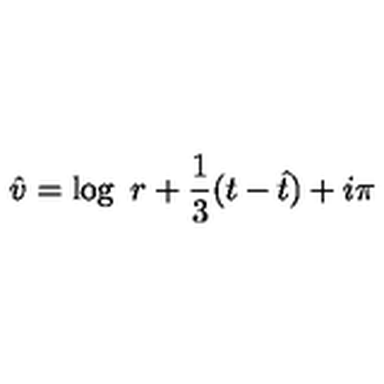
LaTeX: { \hat { v } } = \log \ r + \frac { 1 } { 3 } ( t - { \hat { t } } ) + i \pi